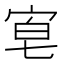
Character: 𡨗